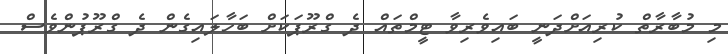
މި މުބާރާތް ކުރިއަށްދަނީ ބައިވެރިވާ ޓީމްތައް ދެ ގްރޫޕަކަށް ބަހާލައިގެން ދެ ގްރޫޕުންވެސް